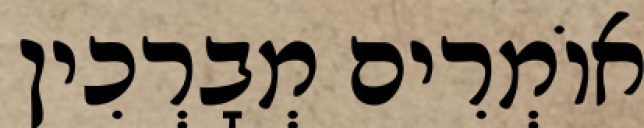
אוֹמְרִים מְבָרְכִין